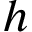
h